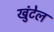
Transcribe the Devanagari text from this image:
खुंटेल